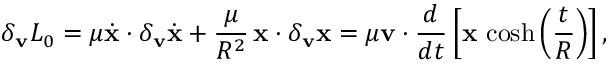
\delta _ { \bf v } { \cal L } _ { 0 } = \mu \dot { \bf x } \cdot \delta _ { \bf v } \dot { \bf x } + \frac { \mu } { R ^ { 2 } } \, { \bf x } \cdot \delta _ { \bf v } { \bf x } = \mu { \bf v } \cdot \frac { d } { d t } \left[ { \bf x } \, \cosh \left( \frac { t } { R } \right) \right] ,